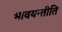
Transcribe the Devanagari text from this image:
भावयन्तीति